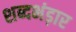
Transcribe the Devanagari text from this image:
शब्दभंड़ार